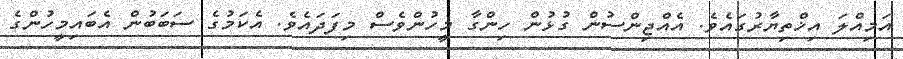
އަމިއްލަ އިޚްތިޔާރުގައެވެ. އެއްޖިންސުން ގުޅުން ހިންގާ މީހުންވެސް މިފަދައެވެ. އެކަމުގެ ސަބަބުން އެބައިމީހުންގެ